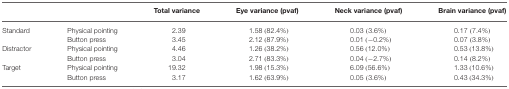
<table><thead><tr><td></td><td></td><td><b>Total variance</b></td><td><b>Eye variance (pvaf)</b></td><td><b>Neck variance (pvaf)</b></td><td><b>Brain variance (pvaf)</b></td></tr></thead><tbody><tr><td>Standard</td><td>Physical pointing</td><td>2.39</td><td>1.58 (82.4%)</td><td>0.03 (3.6%)</td><td>0.17 (7.4%)</td></tr><tr><td></td><td>Button press</td><td>3.45</td><td>2.12 (87.9%)</td><td>0.01 (-0.2%)</td><td>0.07 (3.8%)</td></tr><tr><td>Distractor</td><td>Physical pointing</td><td>4.46</td><td>1.26 (38.2%)</td><td>0.56 (12.0%)</td><td>0.53 (13.8%)</td></tr><tr><td></td><td>Button press</td><td>3.04</td><td>2.71 (83.3%)</td><td>0.04 (-2.7%)</td><td>0.14 (8.2%)</td></tr><tr><td>Target</td><td>Physical pointing</td><td>19.32</td><td>1.98 (15.3%)</td><td>6.09 (56.6%)</td><td>1.33 (10.6%)</td></tr><tr><td></td><td>Button press</td><td>3.17</td><td>1.62 (63.9%)</td><td>0.05 (3.6%)</td><td>0.43 (34.3%)</td></tr></tbody></table>